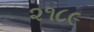
૨૧૮૯